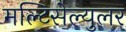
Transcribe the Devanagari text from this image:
मल्टिसेल्युलर